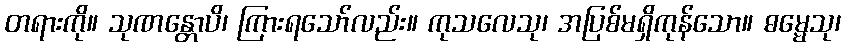
တရားကို။ သုဏန္တောပိ၊ ကြားရသော်လည်း။ ကုသလေသု၊ အပြစ်မရှိကုန်သော။ ဓမ္မေသု၊